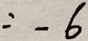
= - 6